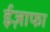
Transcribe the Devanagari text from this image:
ईज़ाफा